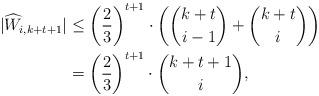
LaTeX: \begin{align*} |\widehat{W}_{i,k+t+1}|&\leq \left(\frac{2}{3}\right)^{t+1} \cdot \left ( \binom {k+t}{i-1} + \binom {k+t}{i}\right)\\&=\left(\frac{2}{3}\right)^{t+1} \cdot \binom {k+t+1}{i},\end{align*}